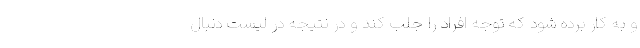
و به کار برده شود که توجه افراد را جلب کند و در نتیجه در لیست دنبال